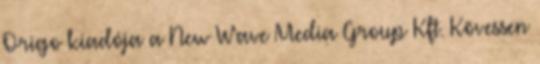
Origo kiadója a New Wave Media Group Kft. Kövessen